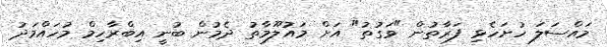
މައްސަލަ ހުށަހެޅި ފަރާތުން "ވަގުތު" އަށް މައުލޫމާތު ދެމުން ބުނީ އިބްރާހިމް މުހައްމަދު